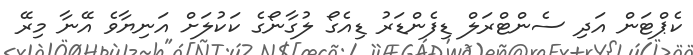
ކެޕްޓަން އަދި ސެންޓްރަލް ޑިފެންޑަރު ޑިއެގޯ ލުގާނޯގެ ކަކުލަށް އަނިޔާވެ އޭނާ މިރޭ